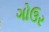
ગોઉર